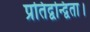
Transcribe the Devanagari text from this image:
प्रतिद्वन्द्विता।